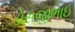
ડોસજીભાઇ